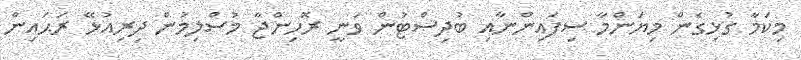
މިކަމާ ގުޅިގެން މިޔަންމާ ސިފައިންނާއި ބުދިސްޓުން ވަނީ ރޮހިންޖާ މުސްލިމުން ދިރިއުޅޭ ރަޙައިން